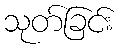
သုတ်ခြင်း